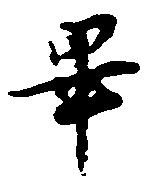
畢